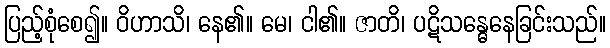
ပြည့်စုံစေ၍။ ဝိဟာသိ၊ နေ၏။ မေ၊ ငါ၏။ ဇာတိ၊ ပဋိသန္ဓေနေခြင်းသည်။